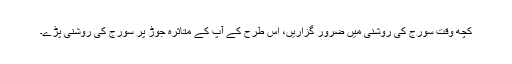
کچھ وقت سورج کی روشنی میں ضرور گزاریں، اس طرح کے آپ کے متاثرہ جوڑ پر سورج کی روشنی پڑے۔